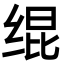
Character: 绲